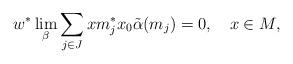
LaTeX: \begin{align*}w^*{}\lim_\beta \sum_{j\in J} xm_j^*x_0\tilde\alpha(m_j)=0,\ \ \ x\in M,\end{align*}